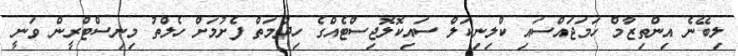
ލިބޭނެ އިންތިޒާމް ހަމަޖައްސައި ކްލިނިކަލް ސައިކޮލޮޖިސްޓެއްގެ ހިދުމަތް ފެށުމަށް ހެލްތު މިނިސްޓްރީން ވަނީ